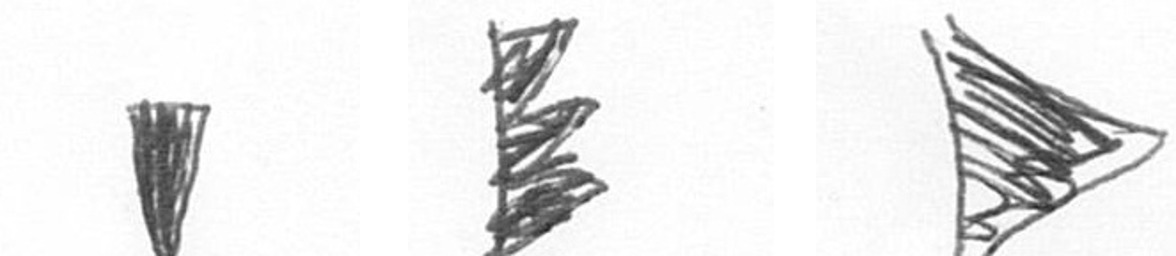
J H T